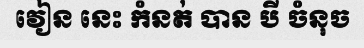
វៀន នេះ កំនត់ បាន បី ចំនុច